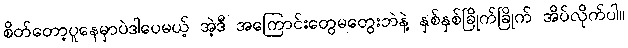
စိတ်တော့ပူနေမှာပဲဒါပေမယ့် အဲ့ဒီ အကြောင်းတွေမတွေးဘဲနဲ့ နှစ်နှစ်ခြိုက်ခြိုက် အိပ်လိုက်ပါ။